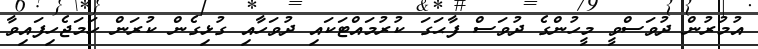
އުމުރުން ދުވަސްވީ މީހުންގެ ދުވަސް ފާޙަގަ ކުރުމައްޓަކައި ދުވަހާއި ގުޅިގެން ކުރަން ހަމަޖެހިފައިވާ